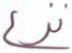
نزع